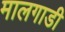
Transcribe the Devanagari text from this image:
मालगाडी